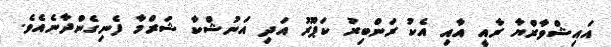
އައިޝްވާރްޔާ ރާއީ އާއި އެކު ރަންބިރު ކަޕޫރު އަދި އަނުޝްކާ ޝަރްމާ ފެނިގެންދާނެއެވެ.